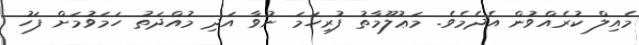
މެއިލް ކުރެއްވުން އެދެމެވެ. މަޢުލޫމާތު ފުރިހަމަ ނުވާ އަދި މުއްދަތު ހަމަވުމަށް ފަހު